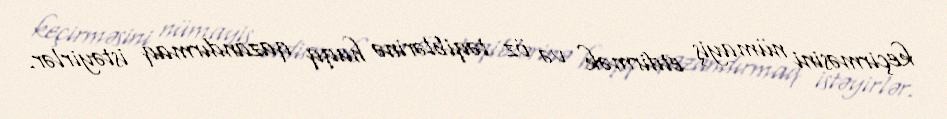
keçirməsini nümayiş etdirmək və öz təqiblərinə haqq qazandırmaq istəyirlər.